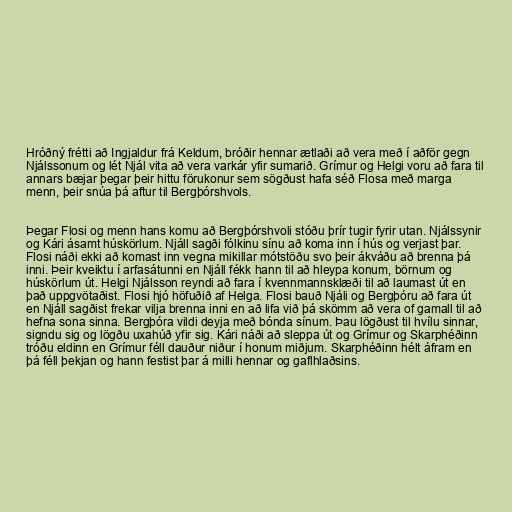
Hróðný frétti að Ingjaldur frá Keldum, bróðir hennar ætlaði að vera með í aðför gegn
Njálssonum og lét Njál vita að vera varkár yfir sumarið. Grímur og Helgi voru að fara til
annars bæjar þegar þeir hittu förukonur sem sögðust hafa séð Flosa með marga
menn, þeir snúa þá aftur til Bergþórshvols.

Þegar Flosi og menn hans komu að Bergþórshvoli stóðu þrír tugir fyrir utan. Njálssynir
og Kári ásamt húskörlum. Njáll sagði fólkinu sínu að koma inn í hús og verjast þar.
Flosi náði ekki að komast inn vegna mikillar mótstöðu svo þeir ákváðu að brenna þá
inni. Þeir kveiktu í arfasátunni en Njáll fékk hann til að hleypa konum, börnum og
húskörlum út. Helgi Njálsson reyndi að fara í kvennmannsklæði til að laumast út en
það uppgvötaðist. Flosi hjó höfuðið af Helga. Flosi bauð Njáli og Bergþóru að fara út
en Njáll sagðist frekar vilja brenna inni en að lifa við þá skömm að vera of gamall til að
hefna sona sinna. Bergþóra vildi deyja með bónda sínum. Þau lögðust til hvílu sinnar,
signdu sig og lögðu uxahúð yfir sig. Kári náði að sleppa út og Grímur og Skarphéðinn
tróðu eldinn en Grímur féll dauður niður í honum miðjum. Skarphéðinn hélt áfram en
þá féll þekjan og hann festist þar á milli hennar og gaflhlaðsins.